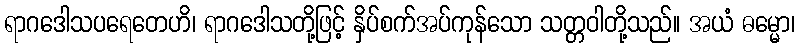
ရာဂဒေါသပရေတေဟိ၊ ရာဂဒေါသတို့ဖြင့် နှိပ်စက်အပ်ကုန်သော သတ္တဝါတို့သည်။ အယံ ဓမ္မော၊